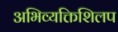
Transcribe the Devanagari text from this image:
अभिव्यक्तिशिलप